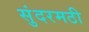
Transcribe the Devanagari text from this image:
सुंदरमठी